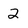
Character: 2